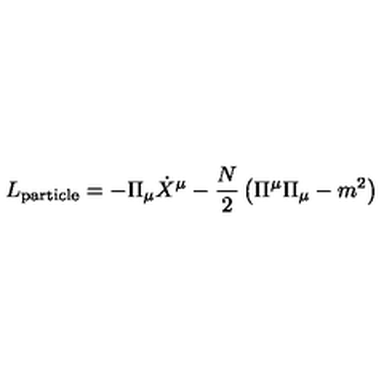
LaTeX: L _ { \mathrm { p a r t i c l e } } = - \Pi _ { \mu } \dot { X } ^ { \mu } - \frac { N } { 2 } \left( \Pi ^ { \mu } \Pi _ { \mu } - m ^ { 2 } \right)